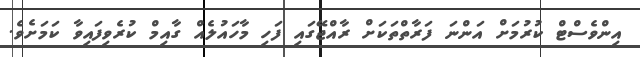
އިންވެސްޓް ކުރުމަށް އަންނަ ފަރާތްތަކަށް ރާއްޖޭގައި ފަހި މާހައުލެއް ގާއިމް ކުރެވިފައިވާ ކަމަށެވެ.